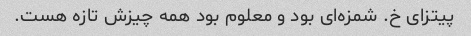
پیتزای خ. شمزه‌ای بود و معلوم بود همه چیزش تازه هست.